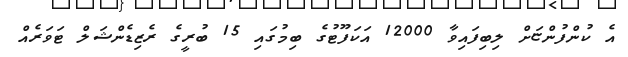
އެ ކުންފުންޏަށް ލިބިފައިވާ 12000 އަކަފޫޓުގެ ބިމުގައި 15 ބުރީގެ ރެޒިޑެންޝަލް ޓަވަރެއް